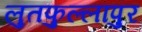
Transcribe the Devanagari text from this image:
लुतफुल्लापुर